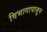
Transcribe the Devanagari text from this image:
विभागापासून